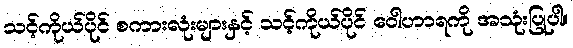
သင့်ကိုယ်ပိုင် စကားလုံးများနှင့် သင့်ကိုယ်ပိုင် ဝေါဟာရကို အသုံးပြုပါ။